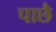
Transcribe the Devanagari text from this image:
पाछै